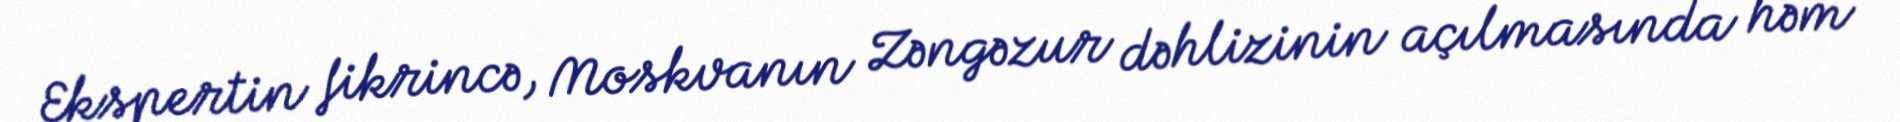
Ekspertin fikrincə, Moskvanın Zəngəzur dəhlizinin açılmasında həm